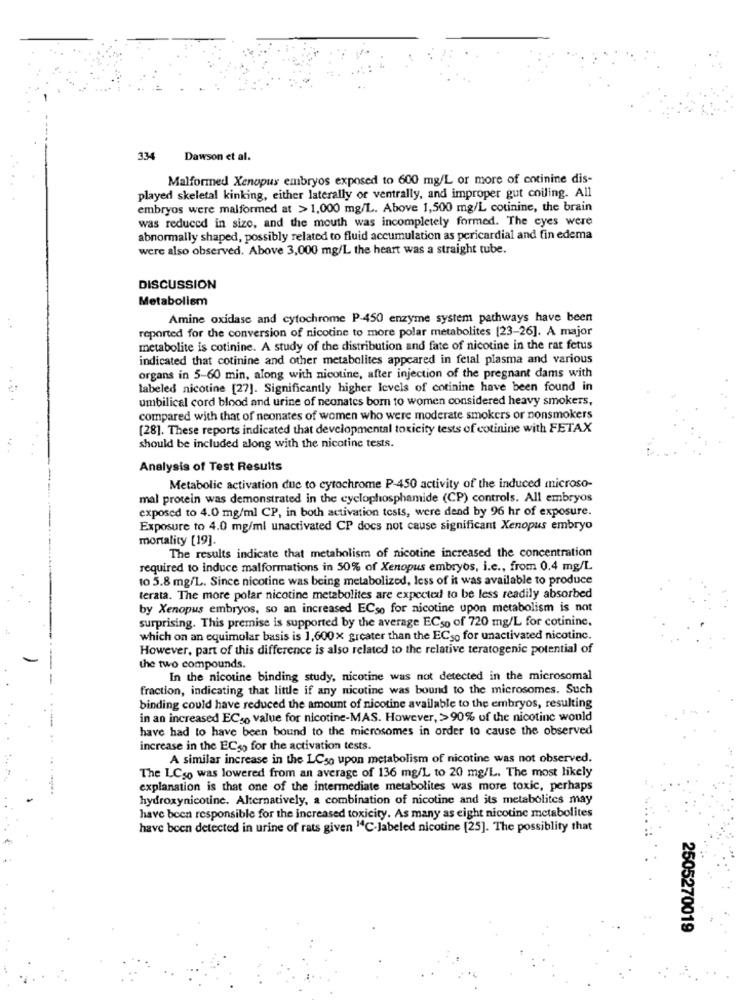
334
Dawson et al.
Malformed Xenopus embryos exposed to 600 mg/L or more of cotinine dis-
played skeletal kinking, either laterally or ventrally, and improper gut coiling. All
embryos were malformed at > 1,000 mg/L. Above 1,500 mg/L cotinine, the brain
was reduced in size, and the mouth was incompletely formed. The eyes were
abnormally shaped, possibly related to fluid accumulation as pericardial and fin edema
were also observed. Above 3,000 mg/L the heart was a straight tube.
DISCUSSION
Metabolism
Amine oxidase and cytochrome P-450 enzyme system pathways have been
reported for the conversion of nicotine to more polar metabolites [23-26]. A major
metabolite is cotinine. A study of the distribution and fate of nicotine in the rat fetus
indicated that cotinine and other metabolites appeared in fetal plasma and various
organs in 5-60 min, along with nicotine, after injection of the pregnant dams with
labeled nicotine [27]. Significantly higher levels of cotinine have been found in
umbilical cord blood and urine of neonates bom to women considered heavy smokers,
compared with that of neonates of women who were moderate smokers or nonsmokers
[28]. These reports indicated that developmental toxicity tests of cotinine with FETAX
should be included along with the nicotine tests.
Analysis of Test Results
Metabolic activation due to cytochrome P-450 activity of the induced microso-
mal protein was demonstrated in the cyclophosphamide (CP) controls. All embryos
exposed to 4.0 mg/ml CP, in both activation tests, were dend by 96 hr of exposure.
Exposure to 4.0 mg/ml unactivated CP docs not cause significant Xenopus embryo
mortality [19]
The results indicate that metabolism of nicotine increased the concentration
required to induce malformations in 50% of Xenopus embryos, i.e ., from 0.4 mg/L
to 5.8 mg/L. Since nicotine was being metabolized, less of it was available to produce
terata. The more polar nicotine metabolites are expected to be less readily absorbed
by Xenopus embryos, so an increased ECso for nicotine upon metabolism is not
surprising. This premise is supported by the average ECso of 720 mg/L for cotinine,
which on an equimolar basis is 1,600x greater than the ECso for unactivated nicotinc.
However, part of this difference is also related to the relative teratogenic potential of
the two compounds.
In the nicotine binding study, nicotine was not detected in the microsomal
fraction, indicating that little if any nicotine was bound to the microsomes. Such
binding could have reduced the amount of nicotine available to the embryos, resulting
in an increased ECso value for nicotine-MAS. However, >90% of the nicotine would
have had to have been bound to the microsomes in order to cause the observed
increase in the ECs, for the activation tests.
A similar increase in the LCso upon metabolism of nicotine was not observed.
The LCso was lowered from an average of 136 mg/L to 20 mg/L. The most likely
explanation is that one of the intermediate metabolites was more toxic, perhaps
hydroxynicotine. Alternatively, a combination of nicotine and its metabolites may
have been responsible for the increased toxicity. As many as eight nicotine metabolites
have been detected in urine of rats given "4℃-labeled nicotine [25]. The possiblity that
2505270019